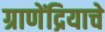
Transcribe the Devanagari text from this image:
ग्राणेंद्रियाचे